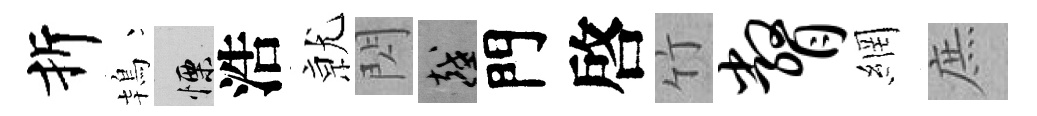
折鴇慄浩𭕒閃越門啓竹瞥網庶